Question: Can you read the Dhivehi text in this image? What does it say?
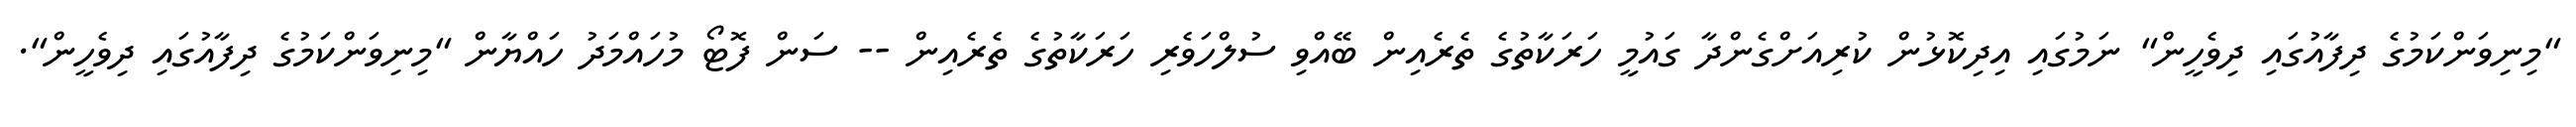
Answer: "މިނިވަންކަމުގެ ދިފާއުގައި ދިވެހީން" ނަމުގައި އިދިކޮޅުން ކުރިއަށްގެންދާ ގައުމީ ހަރަކާތުގެ ތެރެއިން ބޭއްވި ސުލްހަވެރި ހަރަކާތުގެ ތެރެއިން -- ސަން ފޮޓޯ މުހައްމަދު ހައްޔާން "މިނިވަންކަމުގެ ދިފާއުގައި ދިވެހީން".